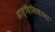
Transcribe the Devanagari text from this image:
सार्दिनियाचा